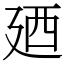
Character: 廼